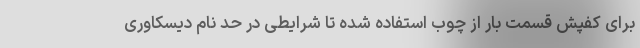
برای کفپش قسمت بار از چوب استفاده شده تا شرایطی در حد نام دیسکاوری